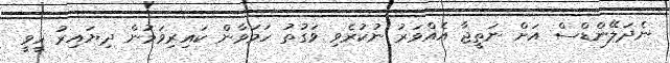
ނެދަލޭންޑްސް އަށް ނަތީޖާ އެއްވަރު ނުކުރެވި ވަގުތު ހަމަވާން ކައިރިވަމުން ދިޔައިރު ހީވީ